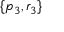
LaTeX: \{ p _ { 3 } , r _ { 3 } \}